Jaan_Tonisson_(Lasteleht), lk 337
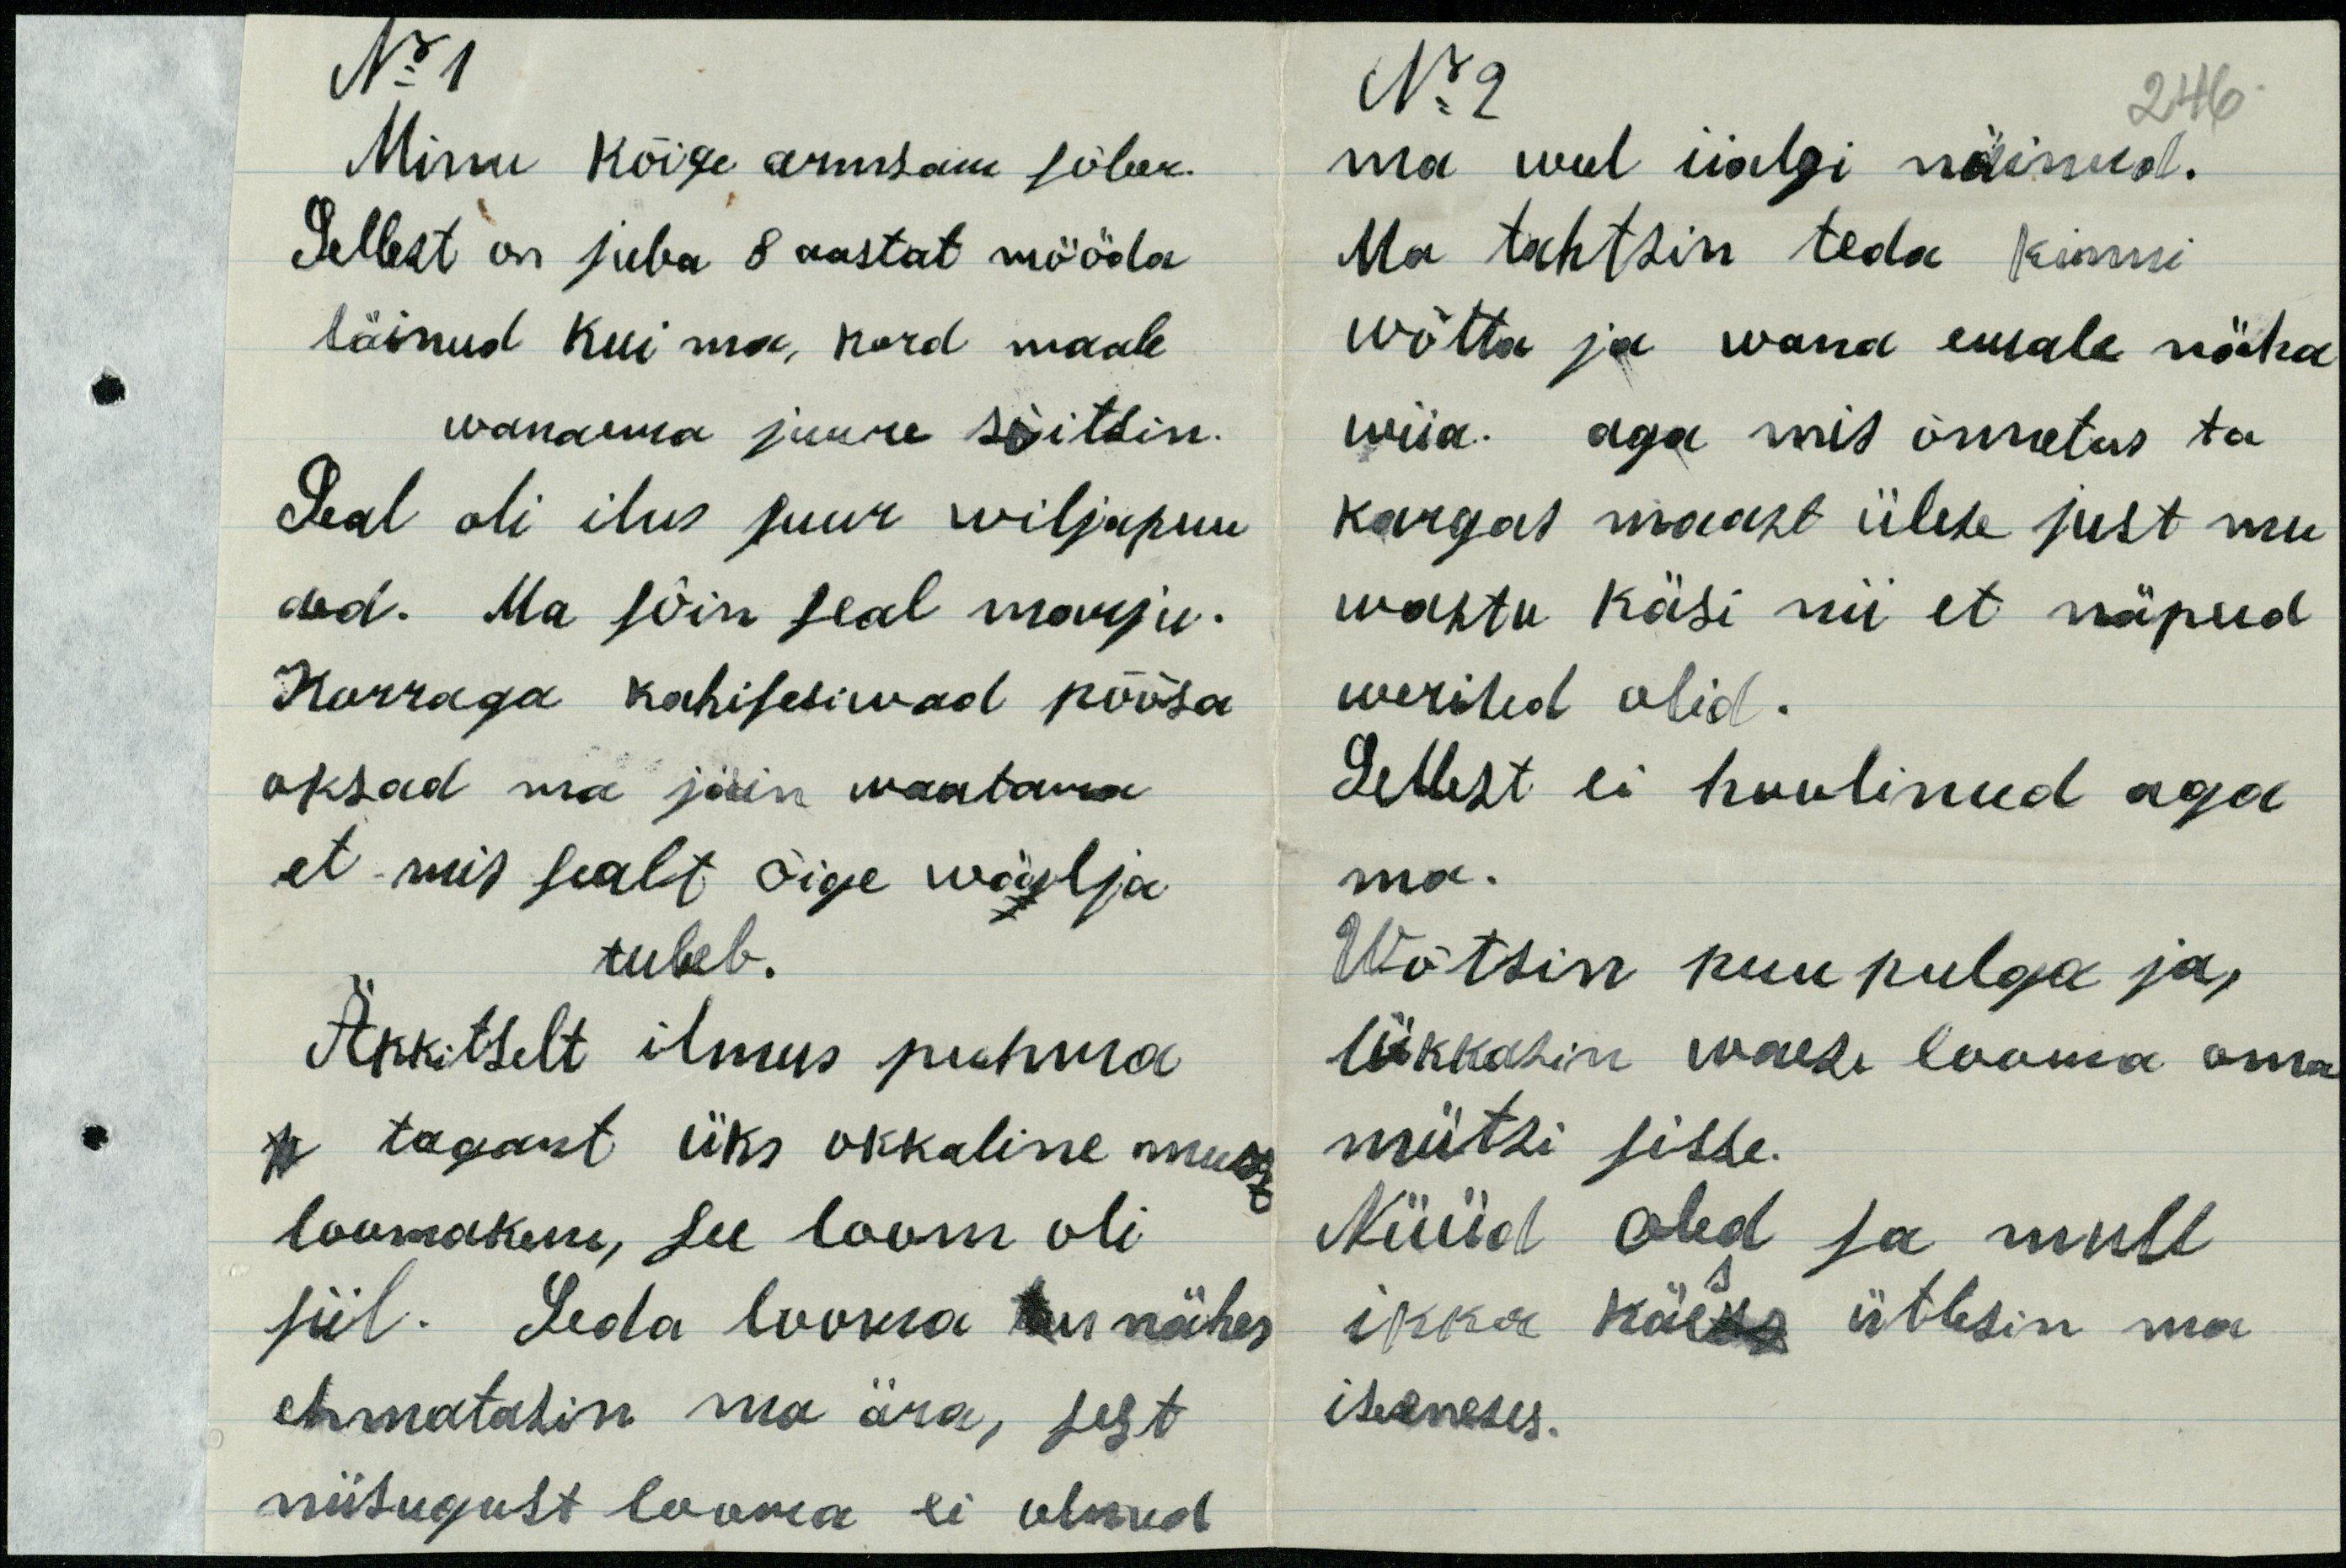
No 1
No 2
246
Minu kõige armsam sõber.
ma weel iialgi näinud.
Sellest on juba 8 aastat mööda
Ma tahtsin teda kinni
läinud kui ma kord maale
wõtta ja wana emale näha.
wanaema juure sõitsin.
wiia. aga mis õnnetus ta
Seal oli ilus suur wiljapuu
kargas maast ülese just mu
aed. Ma sõin seal marju.
wastu käsi nii et näpud
Korraga kahisesiwad põõsa
werised olid.
oksad ma jäin waatama
Sellest ei hoolinud aga
et mis sealt õige wälja
ma.
tuleb.
Wõtsin puu pulga ja
Äkktselt ilmus puhma
lükkasin waese looma oma
tagant üks okkaline must
mütsi sisse.
loomakene, see loom oli
Nüüd oled sa mull
siil. Seda looma nähes
ikka käes ütlesin ma
ehmatasin ma ära, sest
iseeneses.
niisugust looma ei olnud